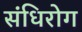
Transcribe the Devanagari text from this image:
संधिरोग